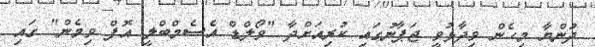
ދުންޔާ މިހެން ވިދާޅުވީ ޖަޕާނުގައި ކުރިއަށްދާ "ވޯލްޑް އެސެމްބްލީ އޮފް ވިމެން" ގައި